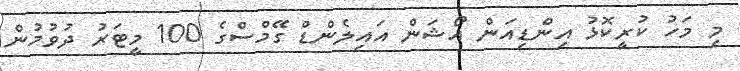
މި މަހު ކުރީކޮޅު އިންޑިއަން އޯޝަން އައިލެންޑް ގޭމްސްގެ 100 މީޓަރު ދުވުމުން